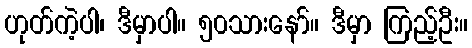
ဟုတ်ကဲ့ပါ၊ ဒီမှာပါ။ ၅၀သားနော်။ ဒီမှာ ကြည့်ဦး။